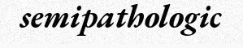
semipathologic